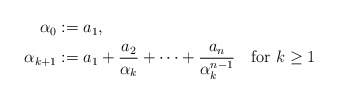
\begin{align*}\begin{aligned}\alpha_0&:=a_1,\\\alpha_{k+1}&:=a_1+\frac{a_2}{\alpha_k}+\cdots+\frac{a_n}{\alpha_k^{n-1}}\quad\mbox{for }k\geq1\end{aligned}\end{align*}